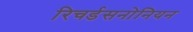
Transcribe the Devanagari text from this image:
रिचर्डसनोनियन